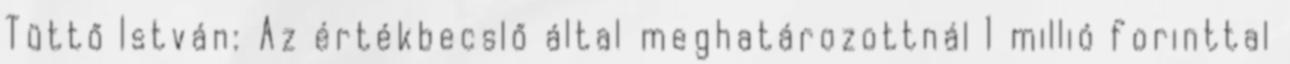
Tüttő István: Az értékbecslő által meghatározottnál 1 millió forinttal